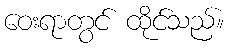
ဝေးရာတွင် ထိုင်သည်။